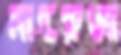
মাহরুজা